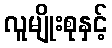
လူမျိုးစုနှင့်